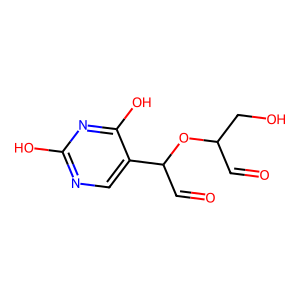
SMILES: O=CC(CO)OC(C=O)c1cnc(O)nc1O
Inhibits HIV replication: No